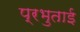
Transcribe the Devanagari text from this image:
प्रभुताई